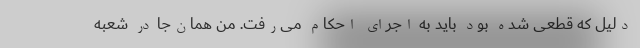
دلیل که قطعی شده بود باید به اجرای احکام می‌رفت. من همان‌جا در شعبه